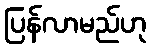
ပြန်လာမည်ဟု